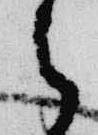
之